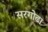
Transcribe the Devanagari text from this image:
सरगोढा